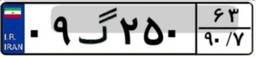
۰۹گ۲۵۰۶۳